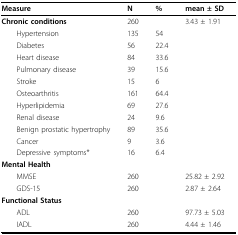
| Measure | N | % | mean ± SD |
 | --- | --- | --- | --- |
 | Chronic conditions | 260 |  | 3.43 ± 1.91 |
 | Hypertension | 135 | 54 |  |
 | Diabetes | 56 | 22.4 |  |
 | Heart disease | 84 | 33.6 |  |
 | Pulmonary disease | 39 | 15.6 |  |
 | Stroke | 15 | 6 |  |
 | Osteoarthritis | 161 | 64.4 |  |
 | Hyperlipidemia | 69 | 27.6 |  |
 | Renal disease | 24 | 9.6 |  |
 | Benign prostatic hypertrophy | 89 | 35.6 |  |
 | Cancer | 9 | 3.6 |  |
 | Depressive symptoms* | 16 | 6.4 |  |
 | Mental Health |  |  |  |
 | MMSE | 260 |  | 25.82 ± 2.92 |
 | GDS-15 | 260 |  | 2.87 ± 2.64 |
 | Functional Status |  |  |  |
 | ADL | 260 |  | 97.73 ± 5.03 |
 | IADL | 260 |  | 4.44 ± 1.46 |